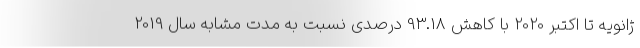
ژانویه تا اکتبر 2020 با کاهش 93.18 درصدی نسبت به مدت مشابه سال 2019